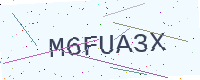
Text: M6FUA3X